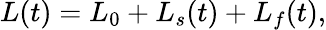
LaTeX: L(t)=L_{0}+L_{s}(t)+L_{f}(t),